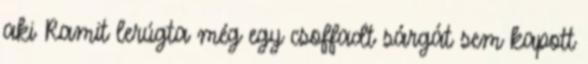
aki Ramit lerúgta még egy csoffadt sárgát sem kapott